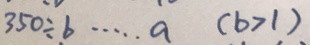
3 5 0 \div b \cdots a ( b > 1 )